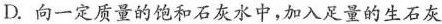
D.向一定质量的饱和石灰水中，加入足量的生石灰